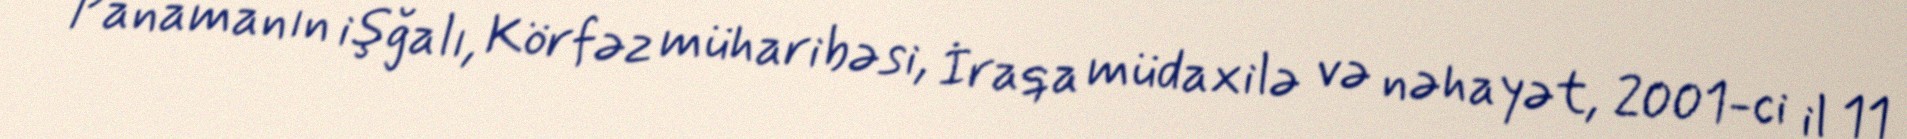
Panamanın işğalı, Körfəz müharibəsi, İraqa müdaxilə və nəhayət, 2001-ci il 11